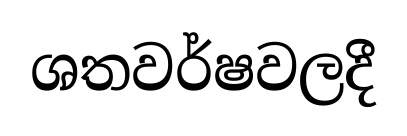
ශතවර්ෂවලදී